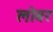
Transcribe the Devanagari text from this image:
लोबर